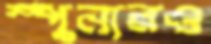
স্পুনারও